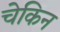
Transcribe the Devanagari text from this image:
चेकिन